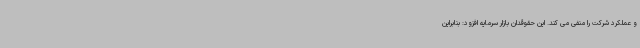
و عملکرد شرکت را منفی می کند. این حقوقدان بازار سرمایه افزود: بنابراین